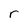
Character: r